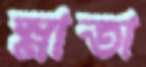
স্নাতা